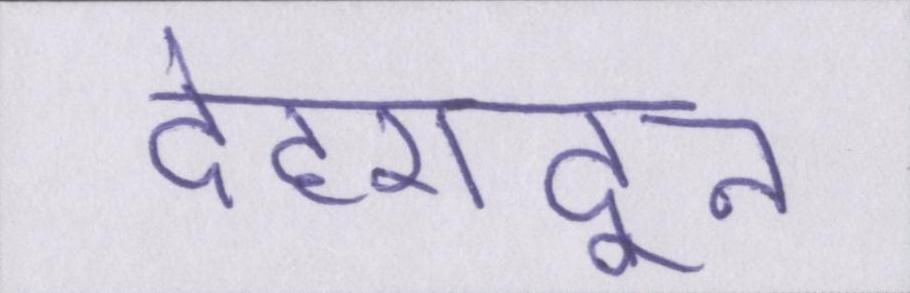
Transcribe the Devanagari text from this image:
देहरादून